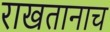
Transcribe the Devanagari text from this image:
राखतानाच